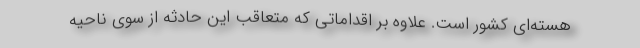
هسته‌ای کشور است. علاوه بر اقداماتی که متعاقب این حادثه از سوی ناحیه